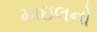
માઇલનો